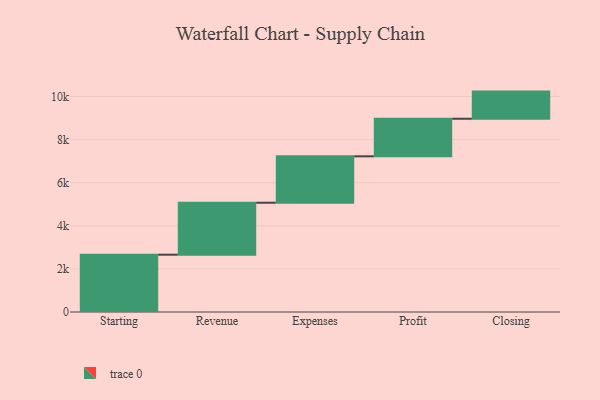
{"axis": {"x": "Step", "y": "Value"}, "legend": [""], "data": [{"x": "Starting", "y": 2659.0, "type": ""}, {"x": "Revenue", "y": 2412.0, "type": ""}, {"x": "Expenses", "y": 2154.0, "type": ""}, {"x": "Profit", "y": 1743.0, "type": ""}, {"x": "Closing", "y": 1260.0, "type": ""}]}